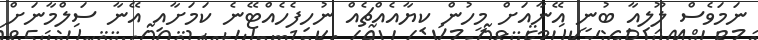
ނަމަވެސް ލޫލިއާ ބުނީ އޭނާއަށް މީހުން ކިޔާއެއްޗެއް ނުހިފެހެއްޓޭނެ ކަމަށާއި އޭނާ ސަލްމާނަށް